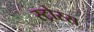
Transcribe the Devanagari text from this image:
स्ट्रोस्स